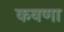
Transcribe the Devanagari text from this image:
कवणा